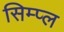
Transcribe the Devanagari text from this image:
सिम्प्ल